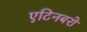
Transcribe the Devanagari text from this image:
एटिनबरो